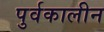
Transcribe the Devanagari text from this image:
पुर्वकालीन